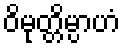
ဝိမုတ္တိမ္ပာဟံ